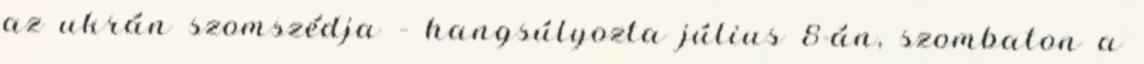
az ukrán szomszédja – hangsúlyozta július 8-án, szombaton a